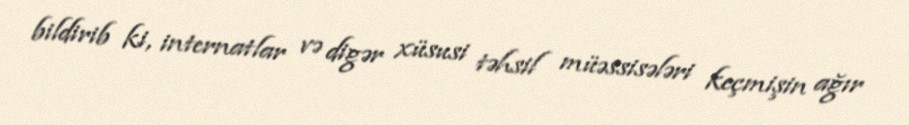
bildirib ki, internatlar və digər xüsusi təhsil müəssisələri keçmişin ağır